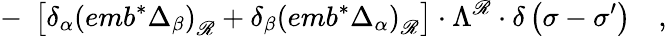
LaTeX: -\; \left[\delta_{\alpha}\left(emb^{*}\Delta_{\beta}\right)_{\mathscr{R}}+\delta_{\beta}\left(emb^{*}\Delta_{\alpha}\right)_{\mathscr{R}}\right]\cdot\Lambda^{\mathscr{R}}\cdot\delta\left(\sigma-\sigma^{\prime}\right)\quad,